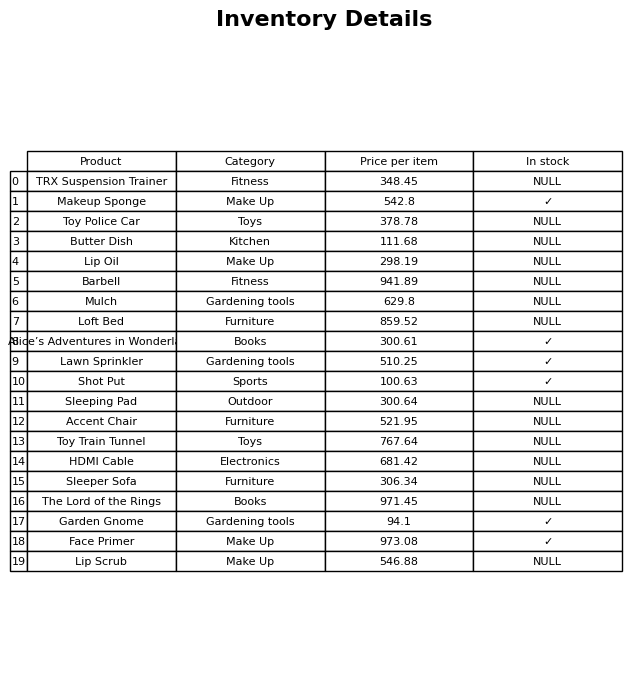
question: What is the price for Accent Chair?
answer: The price of Accent Chair is 521.95.